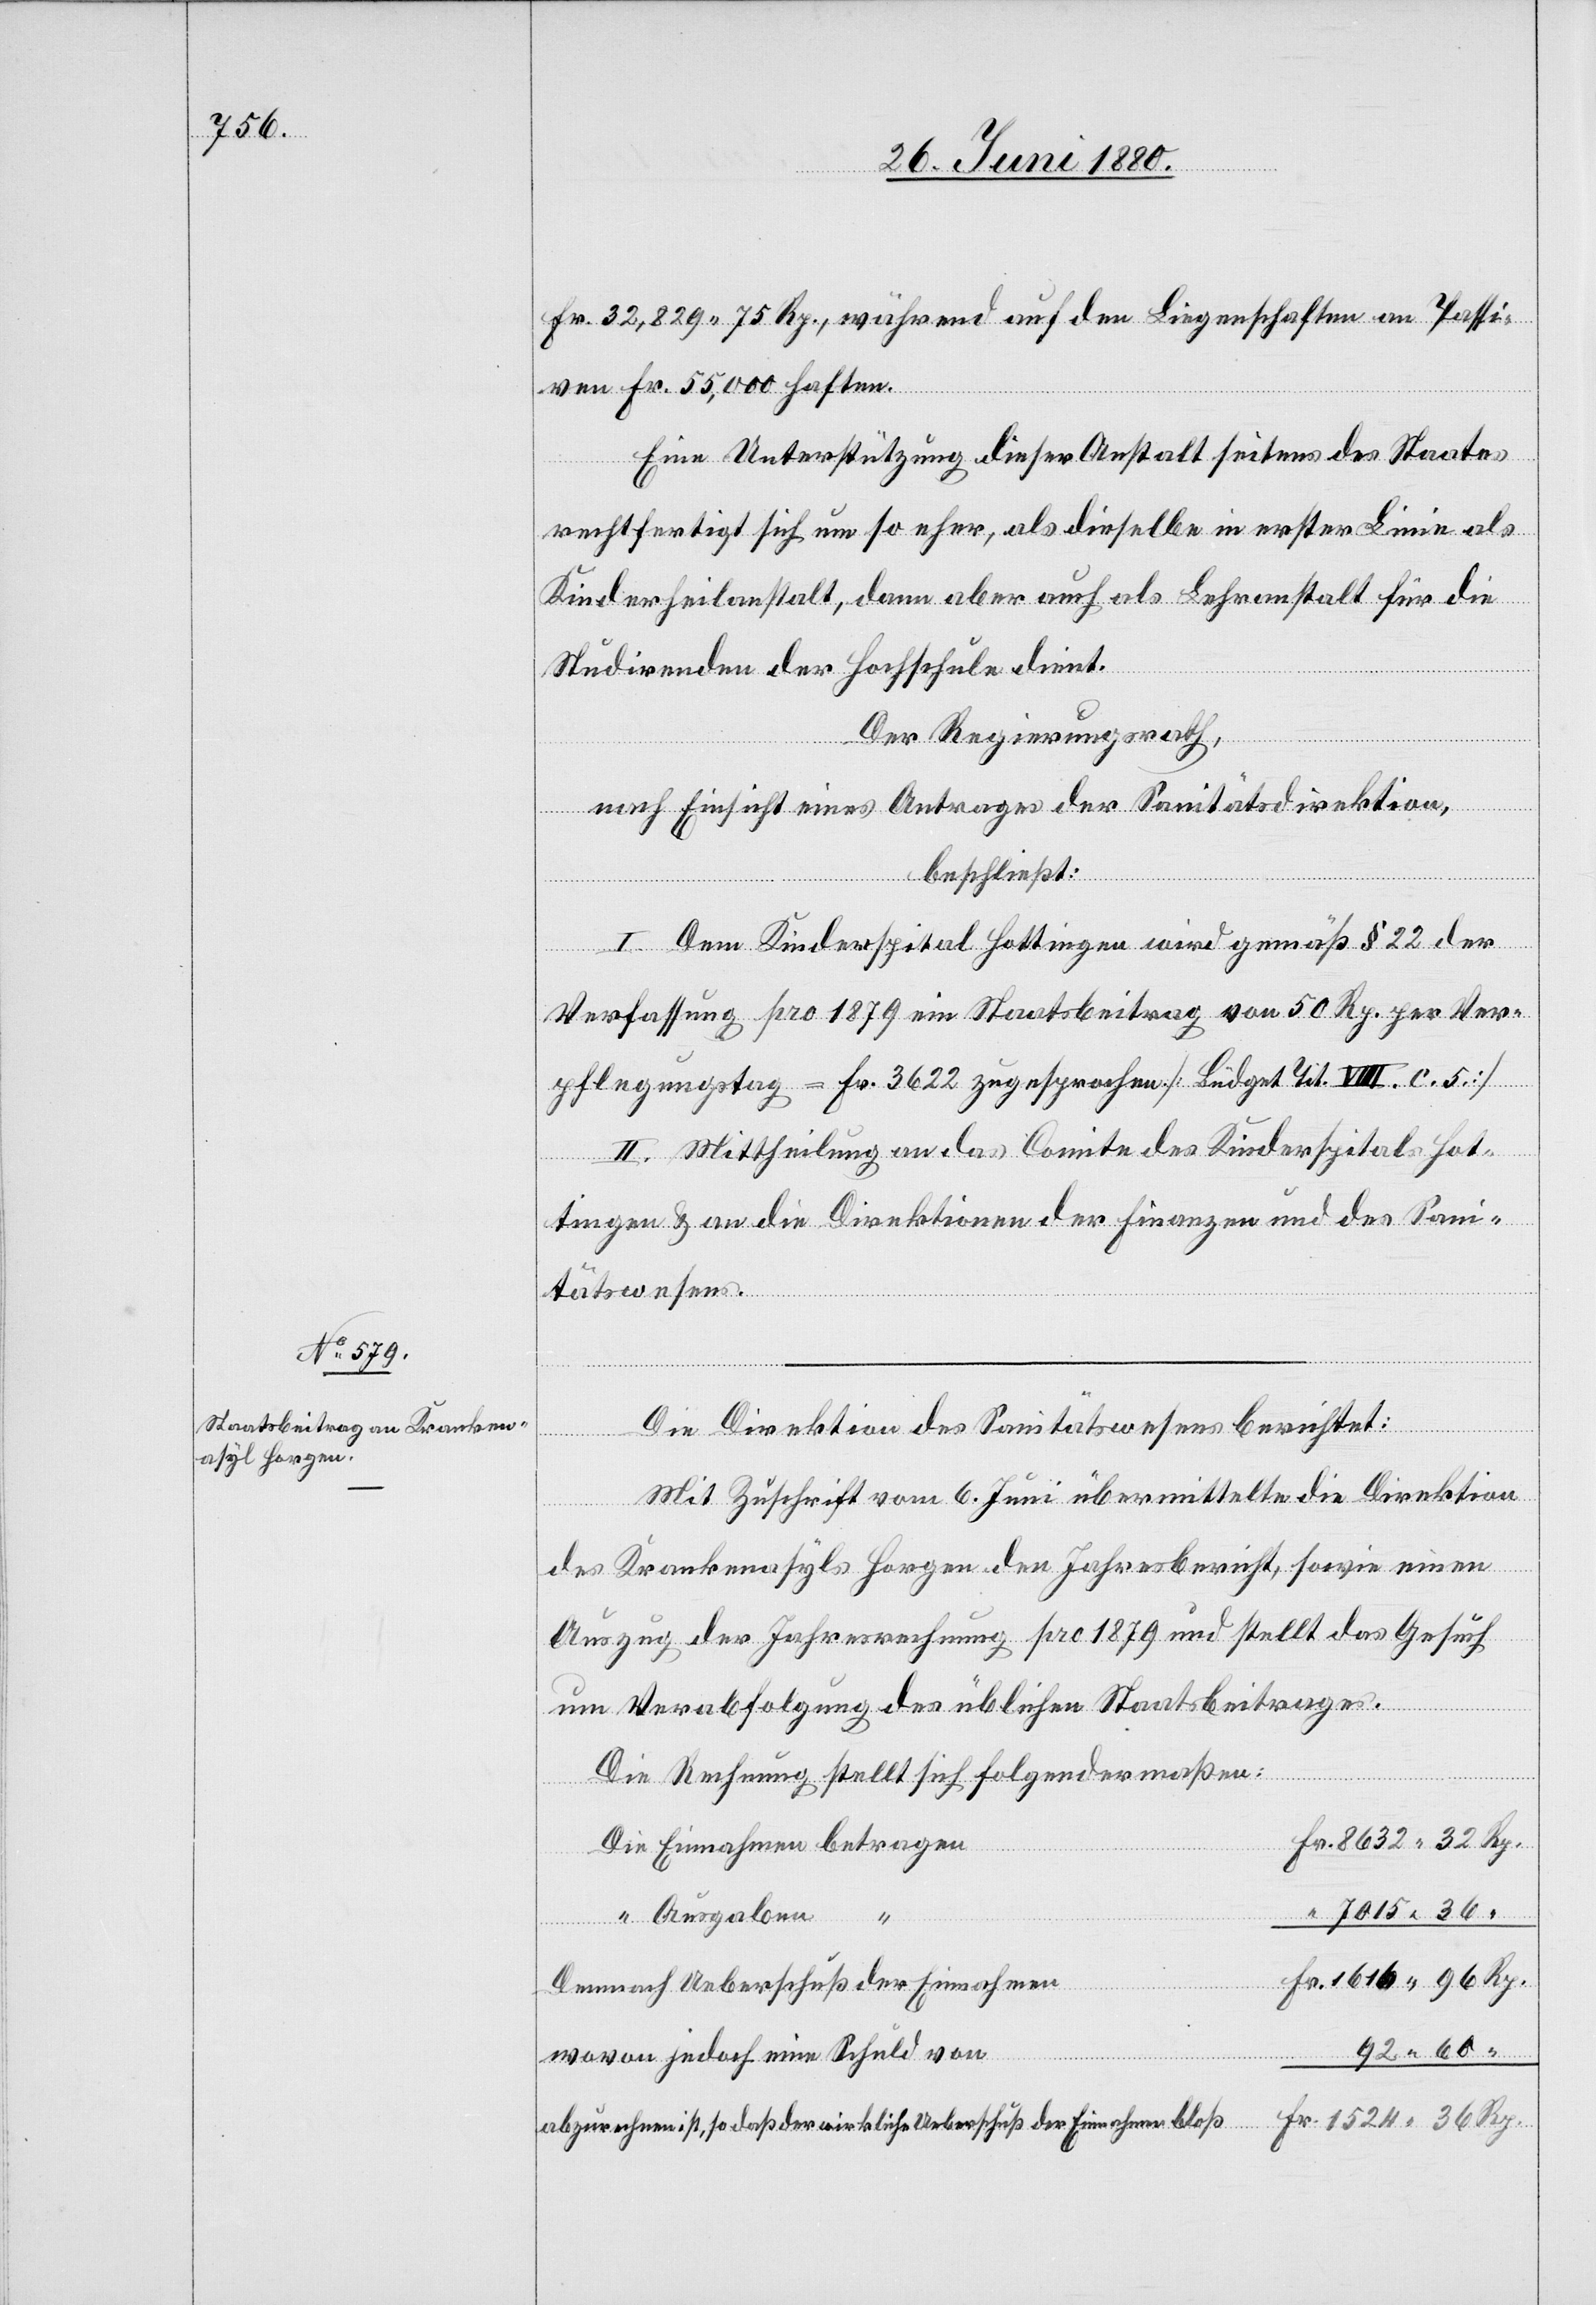
1616.

Rp.
Fr. 32,829. 75 Rp., während auf den Liegenschaften an Passi¬
ven Fr. 55,000 haften.
Eine Unterstützung diese Anstalt seitens des Staates
rechtfertigt sich um so eher, als dieselbe in erster Linie als
Kinderheilanstalt, dann aber auch als Lehranstalt für die
32
Studirenden der Hochschule dient.
Der Regierungsrath,
Ein¬
nach Einsicht eines Antrages der Sanitätsdirektion,
beschließt:
I. Dem Kinderspital Hottingen wird gemäß § 22 der
Verfassung pro 1879 ein Staatsbeitrag von 50 Rp. per Ver¬
pflegungstag = Fr. 3622 zugesprochen. [Büdget Tit. VIII. c. 5.]
II. Mittheilung an das Comite des Kinderspitals Hot¬
tingen & an die die Direktionen der Finanzen und des Sani¬
tätswesens.
Die Direktion des Sanitätswesens berichtet:
Mit Zuschrift vom 6. Juni übermittelte die Direktion
des Krankenasyls Horgen den Jahresbericht, sowie einen
Auszug der Jahresrechnung pro 1879 und stellt das Gesuch
um Verabfolgung des üblichen Staatsbeitrages.
Die Rechnung stellt sich folgendermaßen:
Ausgaben
“
Fr.
Demnach Überschuß der Einnahmen
“
wovon jedoch eine Schuld von
abzurechnen ist, so daß der wirkliche Überschuß der Einnahmen bloß